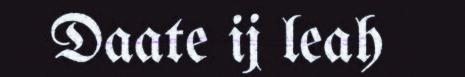
Daate ij leah